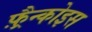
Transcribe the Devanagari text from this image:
फ़्रैन्कोइस